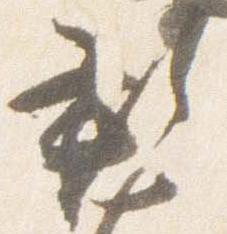
新